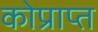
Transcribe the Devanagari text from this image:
कोप्राप्त